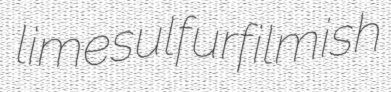
limesulfur filmish